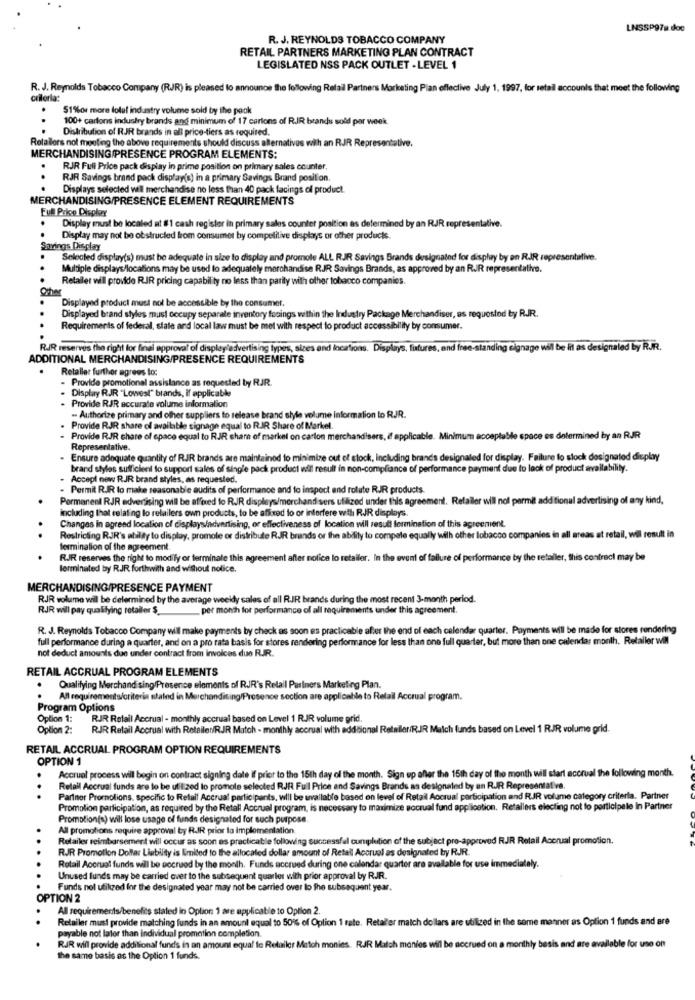
LNSSP97a.doc
R. J. REYNOLDS TOBACCO COMPANY
RETAIL PARTNERS MARKETING PLAN CONTRACT
LEGISLATED NSS PACK OUTLET - LEVEL 1
R. J. Reynolds Tobacco Company (RJR) is pleased to announce the following Retail Partners Marketing Plan effective July 1, 1997, for retail accounts that meet the following
criteria:
$1%or more lolul industry volume sold by the pack
100+ cartons industry brands and minimum of 17 cartons of R.JR brands sold per week
Distribution of RJR brands in all price-tiers as required.
Rotallors not moulieg the above requirements should discuss alternatives with an RJR Representative.
MERCHANDISING PRESENCE PROGRAM ELEMENTS:
RJR Full Price pack display in prime position on primary sales counter,
..
RJR Savings brand pack display(s) in a primary Savings Brand position.
.
Displays selected will merchandise no less than 40 pack facings of product.
MERCHANDISING/PRESENCE ELEMENT REQUIREMENTS
Full Price Display
.
Display must be located at #1 cash register in primary sales counter position as determined by an RJR representative.
Display may not be obstructed from consumer by competitive displays or other products.
Savings Display
Selecled display(s) must be adequate in size to display and promote ALL RJR Savings Brands designated for display by en RIR representative.
Multiple displays/locations may be used to adequately merchandise RJR Savings Brands, as approved by an RJR representative.
Retailer will provide RIR pricing capability no less than parity with other tobacco companies.
Other
Displayed product must not be accessible by the consumer.
Displayed brand styles must occupy separate inventory facings within the Industry Package Merchandiser, as requested by RJR.
Requirements of federal, state and local law must be mel with respect to product accessibility by consumer.
RJR reserves the right for final approval of display advertising types, sizes and locations. Displays, futures, and free-standing signage will be int as designaled by RJR.
ADDITIONAL MERCHANDISING/PRESENCE REQUIREMENTS
Retaller further agrees to:
Provide promotional assistance as requested by RJR.
Display RJJR "Lowest" brands, if applicable
Provide RJR accurate volume information
- Authorize primary and other suppliers to release brand style volume information to RJR.
Provide RJR share of available signage equal to RJR. Share of Markel.
Provide RJR chare of cpace equal to RJR chame of markel on carton mercha
& applicable. Minimum acceptable space es determined by an RJR
Representative.
Ensure adequate quantity of RJR brands are maintained to minimize out of elock, including brands designated for display. Failure to slock designated display
brand styles sufficient to support sales of single pack product will result in non-compliance of performance payment due to lack of product availability.
Accept new RJR brand styles, as requested.
. Permit RIR to make reasonable audits of performance and to inspect and rolute RJR products.
Permanent RJR advertising will be affoed to RJR displays/merchandisers utilized under this agreement. Refaller will not permit additional advertising of any kind,
including that relating to retailers own products, to be affixed to or interfere with RJR displays.
Changes in agreed location of displays/advertising, or effectiveness of location will result formination of this agreement.
Restricting RJR's ability to display, promole or distribute RJR brands of the ability to compete equally with other tobacco companies in all areas at retail, wil result in
termination of the agreement.
RJR reserves the right to modify or terminate this agreement after nolice to retailer. In the event of failure of performance by the retailer, this contract may be
terminated by R.JR. forthwith and without notice.
MERCHANDISING/PRESENCE PAYMENT
RJR volume wil be determined by the average weekdy sales of all RIR brands during the most recent 3-month period.
RJR will pay qualifying retailer $_
per month for performance of all requirements under this agreement.
R. J. Reynolds Tobacco Company will make payments by check as soon es practicable after the end of each calendar quarter. Payments will be made for stores rendering
full performance during a quarter, and on a pro rata basis for stores rendering performance for less than one full quarter, but more than one calendar month. Retailer will
not deduct amounts due under contract from invoices due RIR.
RETAIL ACCRUAL PROGRAM ELEMENTS
Qualifying Merchandising/Presence elements of RJR's Retail Partners Marketing Plan.
All requirements/criteria staled in Merchandising/Presence section are applicable to Relall Accrual program.
Program Options
Option 1:
RJR Retail Accrual - monthly accrual based on Level 1 RJR volume grid.
Option 2:
RJR Retail Accrual with Retailer/RJR Match - monthly accrual with additional Retailer/R.JR Malch funds based on Level 1 RJR volume grid.
RETAIL ACCRUAL PROGRAM OPTION REQUIREMENTS
OPTION 1
Accruel process will begin on contract signing date If prior to the 15th day of the month. Sign up after the 15th day of the month will start accrual the following month.
Retail Accrual funds are to be utilized to promote selected RJR Full Price and Savings Brands as designated by an RJR Representative.
Partner Promolions. specific to Retaif Accrual participants, will be available based on level of Retail Accrual participation and RJR volume category criteria. Partner
Promotion participation, as required by the Retall Accrual program, is necessary to maximize socrual fund application. Retailers electing not to participale in Partner
Promotion(s) will lose usage of funds designated for such purpose.
All promotions require approval by RIR prior to implementation
Retailer reimbursement will occur as soon as practicable following successful cuniplution of the subject pre-approved RJR Retail Accrual promotion.
RJJR Promotion Dollar Liability is limited to the allocated dollar amount of Retail Accruel as designated by RJR.
..
Retail Accrual funds will be socrued by the month. Funds accrued during one calendar quarter are available for use immediately.
Unused funds may be carried over to the subsequent quarler with prior approval by RJR.
Funds not utilized for the designated year may not be carried over lo the subsequent year.
OPTION 2
All requirements/benefits stated in Oplion 1 are applicable to Option 2.
Retailer must provide matching funds in an amount equal to 50% of Oplion 1 rate. Retaller match dollars are utilized in the same manner as Option 1 funds and are
payable not later than individual promotion completion.
RJR will provide additional funds in an amount equal to Retailer Match monies. RJR Match monies will be accrued on a monthly basis and are available for use on
the same basis as the Option 1 funds.